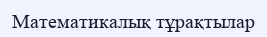
Математикалық тұрақтылар